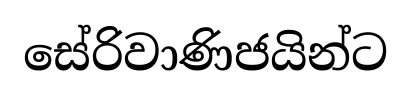
සේරිවාණිජයින්ට